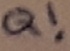
Text: Q!